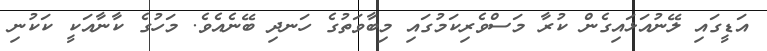
އަޑީގައި ލޭނުއަޅައިގެން ކުރާ މަސްވެރިކަމުގައި މިބާވަތުގެ ހަނދި ބޭނެއެވެ. މަހުގެ ކާނާއަކީ ކަކުނި